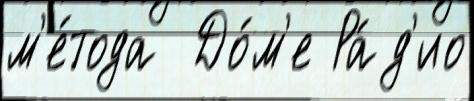
м'е́тода  До́м'е Ра́д'ио